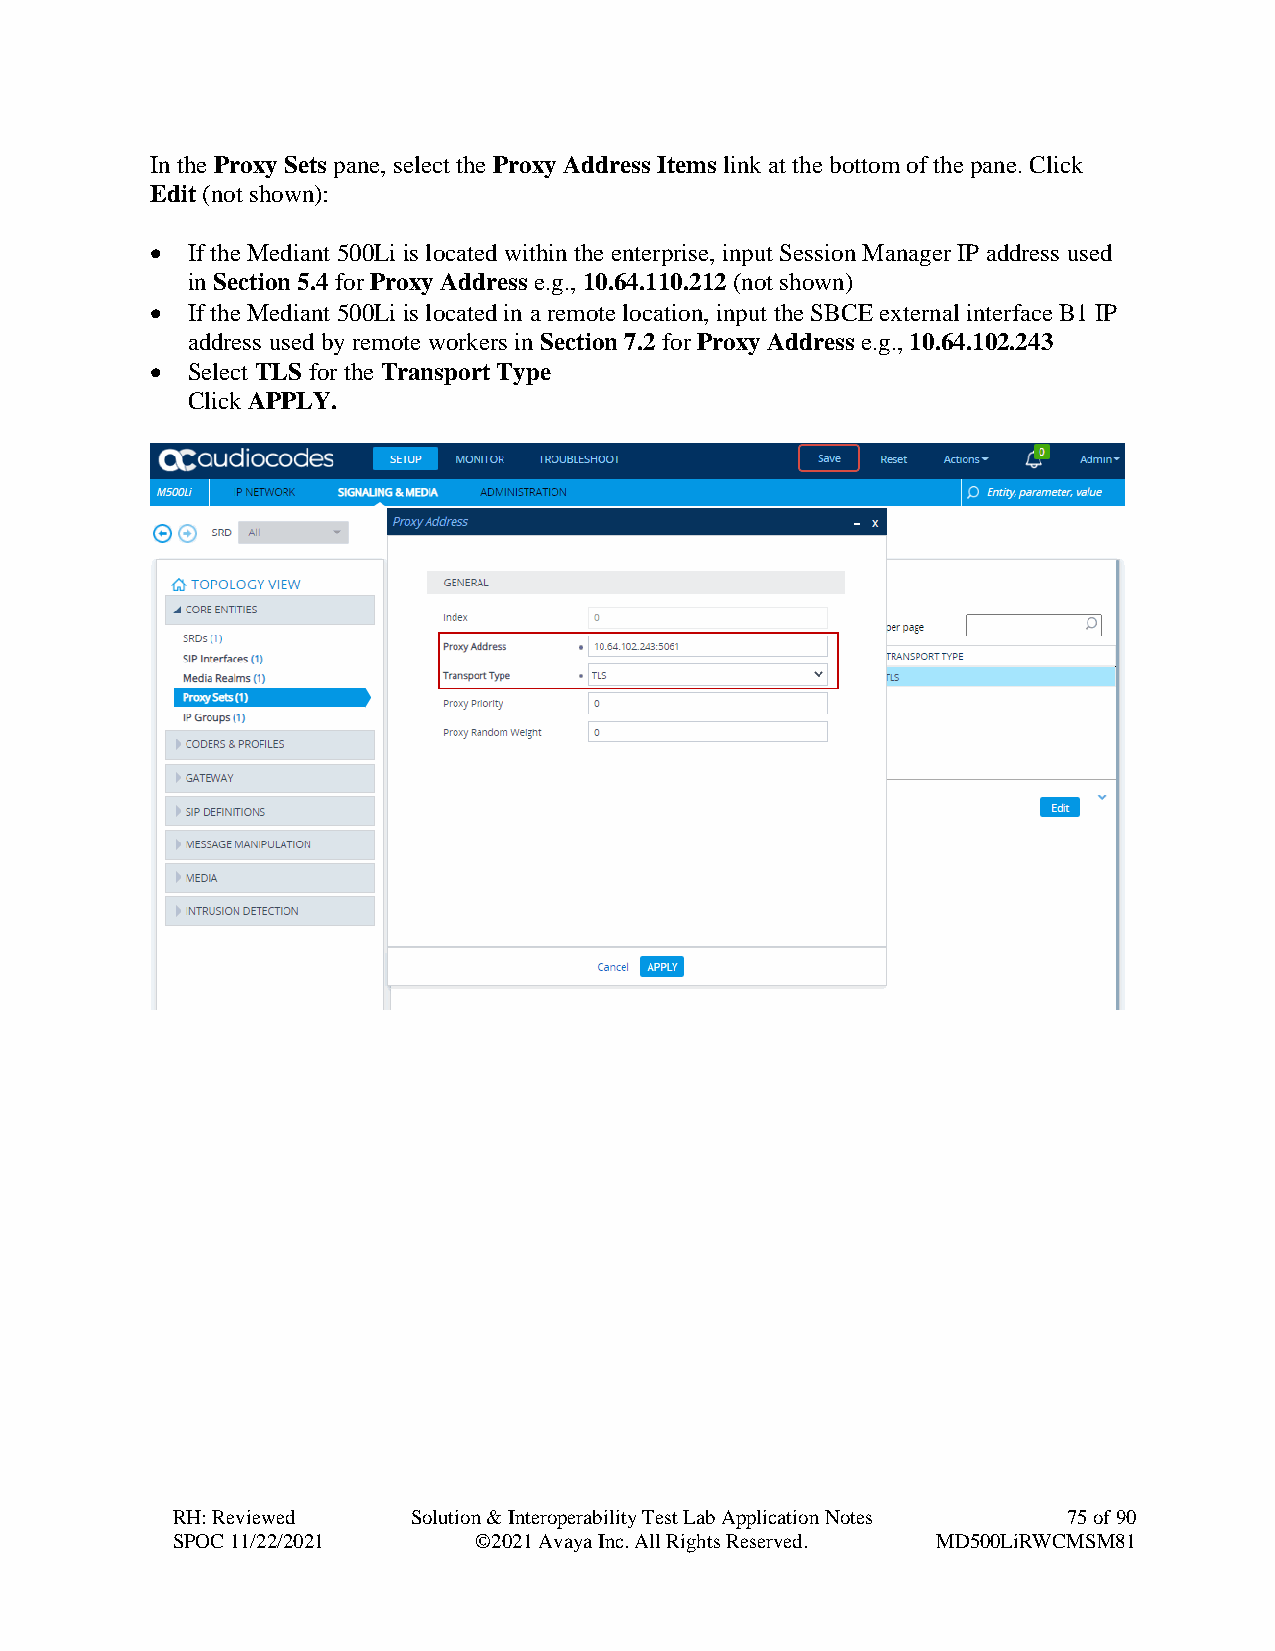
In the Proxy Sets pane, select the Proxy Address Items link at the bottom of the pane. Click
 Edit (not shown):
 • If the Mediant 500Li is located within the enterprise, input Session Manager IP address used
 in Section 5.4 for Proxy Address e.g., 10.64.110.212 (not shown)
 • If the Mediant 500Li is located in a remote location, input the SBCE external interface B1 IP
 address used by remote workers in Section 7.2 for Proxy Address e.g., 10.64.102.243
 • Select TLS for the Transport Type
 Click APPLY.
 RH: Reviewed    Solution & Interoperability Test Lab Application Notes 75 of 90
 SPOC 11/22/2021     ©2021 Avaya Inc. All Rights Reserved. MD500LiRWCMSM81